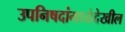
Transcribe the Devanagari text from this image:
उपनिषदांमध्येदेखील